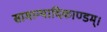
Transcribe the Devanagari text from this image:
सामान्यादिकाण्डम्।